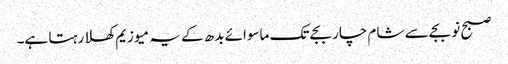
صبح نو بجے سے شام چار بجے تک ماسوائے بدھ کے یہ میوزیم کھلا رہتا ہے۔